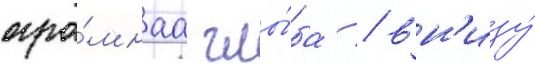
огро́мнаа глы́ба / вн'изу́